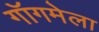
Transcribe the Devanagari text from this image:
गॉगमेला